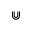
\Cup